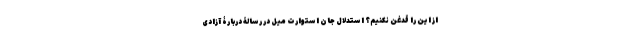
از این را قدغن نکنیم؟ استدلال جان استوارت میل در رسالۀ دربارۀ آزادی